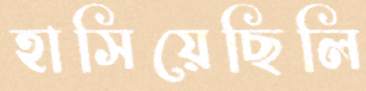
হাসিয়েছিলি